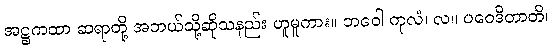
အဋ္ဌကထာ ဆရာတို့ အဘယ်သို့ဆိုသနည်း ဟူမူကား။ ဘဝေါ ကုလံ၊ လ။ ပဝေဒိတာတိ၊